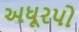
અધૂરપો